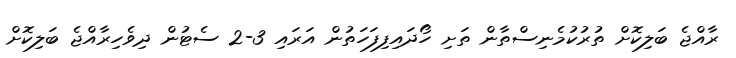
ރާއްޖެ ބަލިކޮށް ތުރުކުމެނިސްތާން ތަށި ހޯދައިފިފަހަތުން އަރައި 3-2 ސެޓުން ދިވެހިރާއްޖެ ބަލިކޮށް